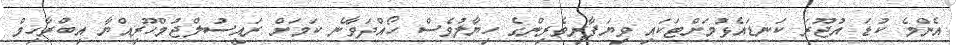
އެންމެ ކުޑަ އުޖޫރަ ކަނޑައެޅުމަށްޓަކައި ވިޔަފާރިވެރިންގެ ހިޔާލުވެސް ހޯއްދަވާނެ ކަމަށް ރައީސުލްޖުމްހޫރިއްޔާ އިބްރާހިމް